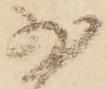
少